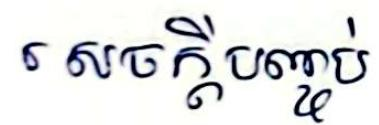
សេចក្ដីបញ្ចប់